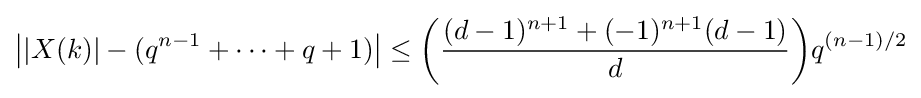
{\big |}|X(k)|-(q^{n-1}+\cdots +q+1){\big |}\leq {\bigg (}{\frac {(d-1)^{n+1}+(-1)^{n+1}(d-1)}{d}}{\bigg )}q^{(n-1)/2}